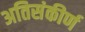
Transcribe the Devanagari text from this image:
अतिसंकीर्ण